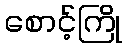
စောင့်ကြို